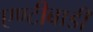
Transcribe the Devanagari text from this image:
एण्टीबाडी